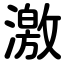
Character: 激